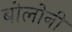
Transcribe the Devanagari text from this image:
बोलोनी